Alma_Vaarman, lk 28
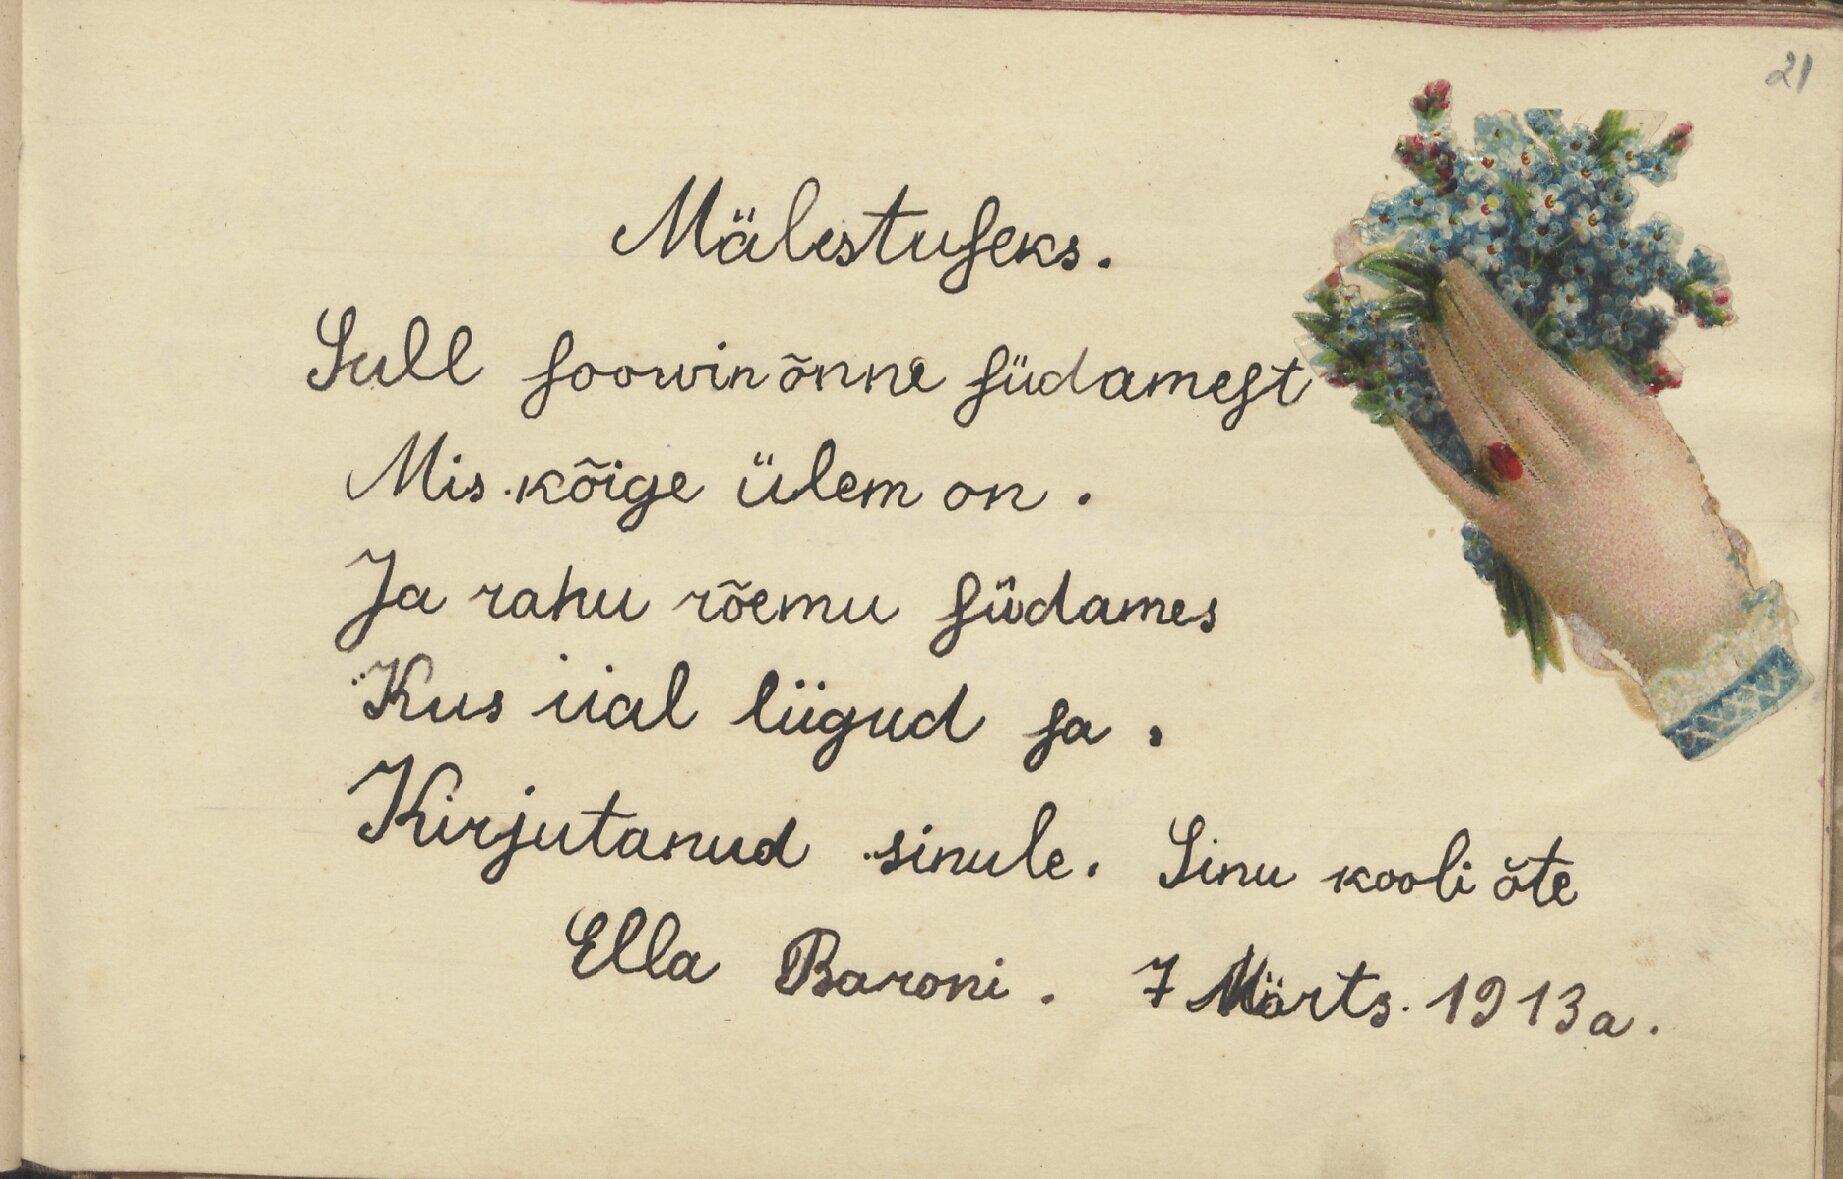
21

Mälestuseks.
Sull soowin õnne südamest
Mis kõige ülem on.
Ja rahu rõemu südames
Kus iial liigud sa.
Kirjutanud sinule. Sinu kooli õte
Ella Baroni. 7 Märts. 1913 a.